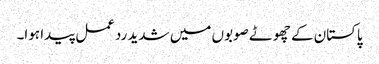
پاکستان کے چھوٹے صوبوں میں شدید ردعمل پیدا ہوا۔